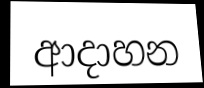
ආදාහන